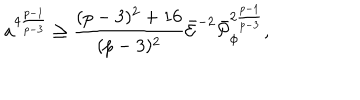
a ^ { 4 { \frac { p - 1 } { p - 3 } } } \geq { \frac { ( p - 3 ) ^ { 2 } + 1 6 } { ( p - 3 ) ^ { 2 } } } \bar { \cal E } ^ { - 2 } \bar { \cal P } _ { \phi } ^ { 2 { \frac { p - 1 } { p - 3 } } } ,